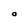
Character: O